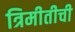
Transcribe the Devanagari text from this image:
त्रिमीतीची